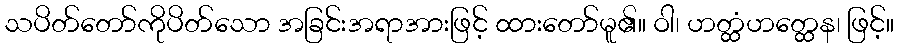
သပိတ်တော်ကိုပိတ်သော အခြင်းအရာအားဖြင့် ထားတော်မူ၏။ ဝါ၊ ဟတ္ထံဟတ္ထေန၊ ဖြင့်။